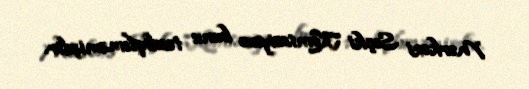
Mərkəzi Seçki Komissiyası bunu təsdiqləməmişdir.